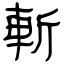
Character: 斬